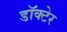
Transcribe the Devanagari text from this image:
डॉक्टेर